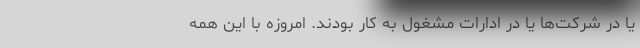
یا در شرکت‌ها یا در ادارات مشغول به کار بودند. امروزه با این همه